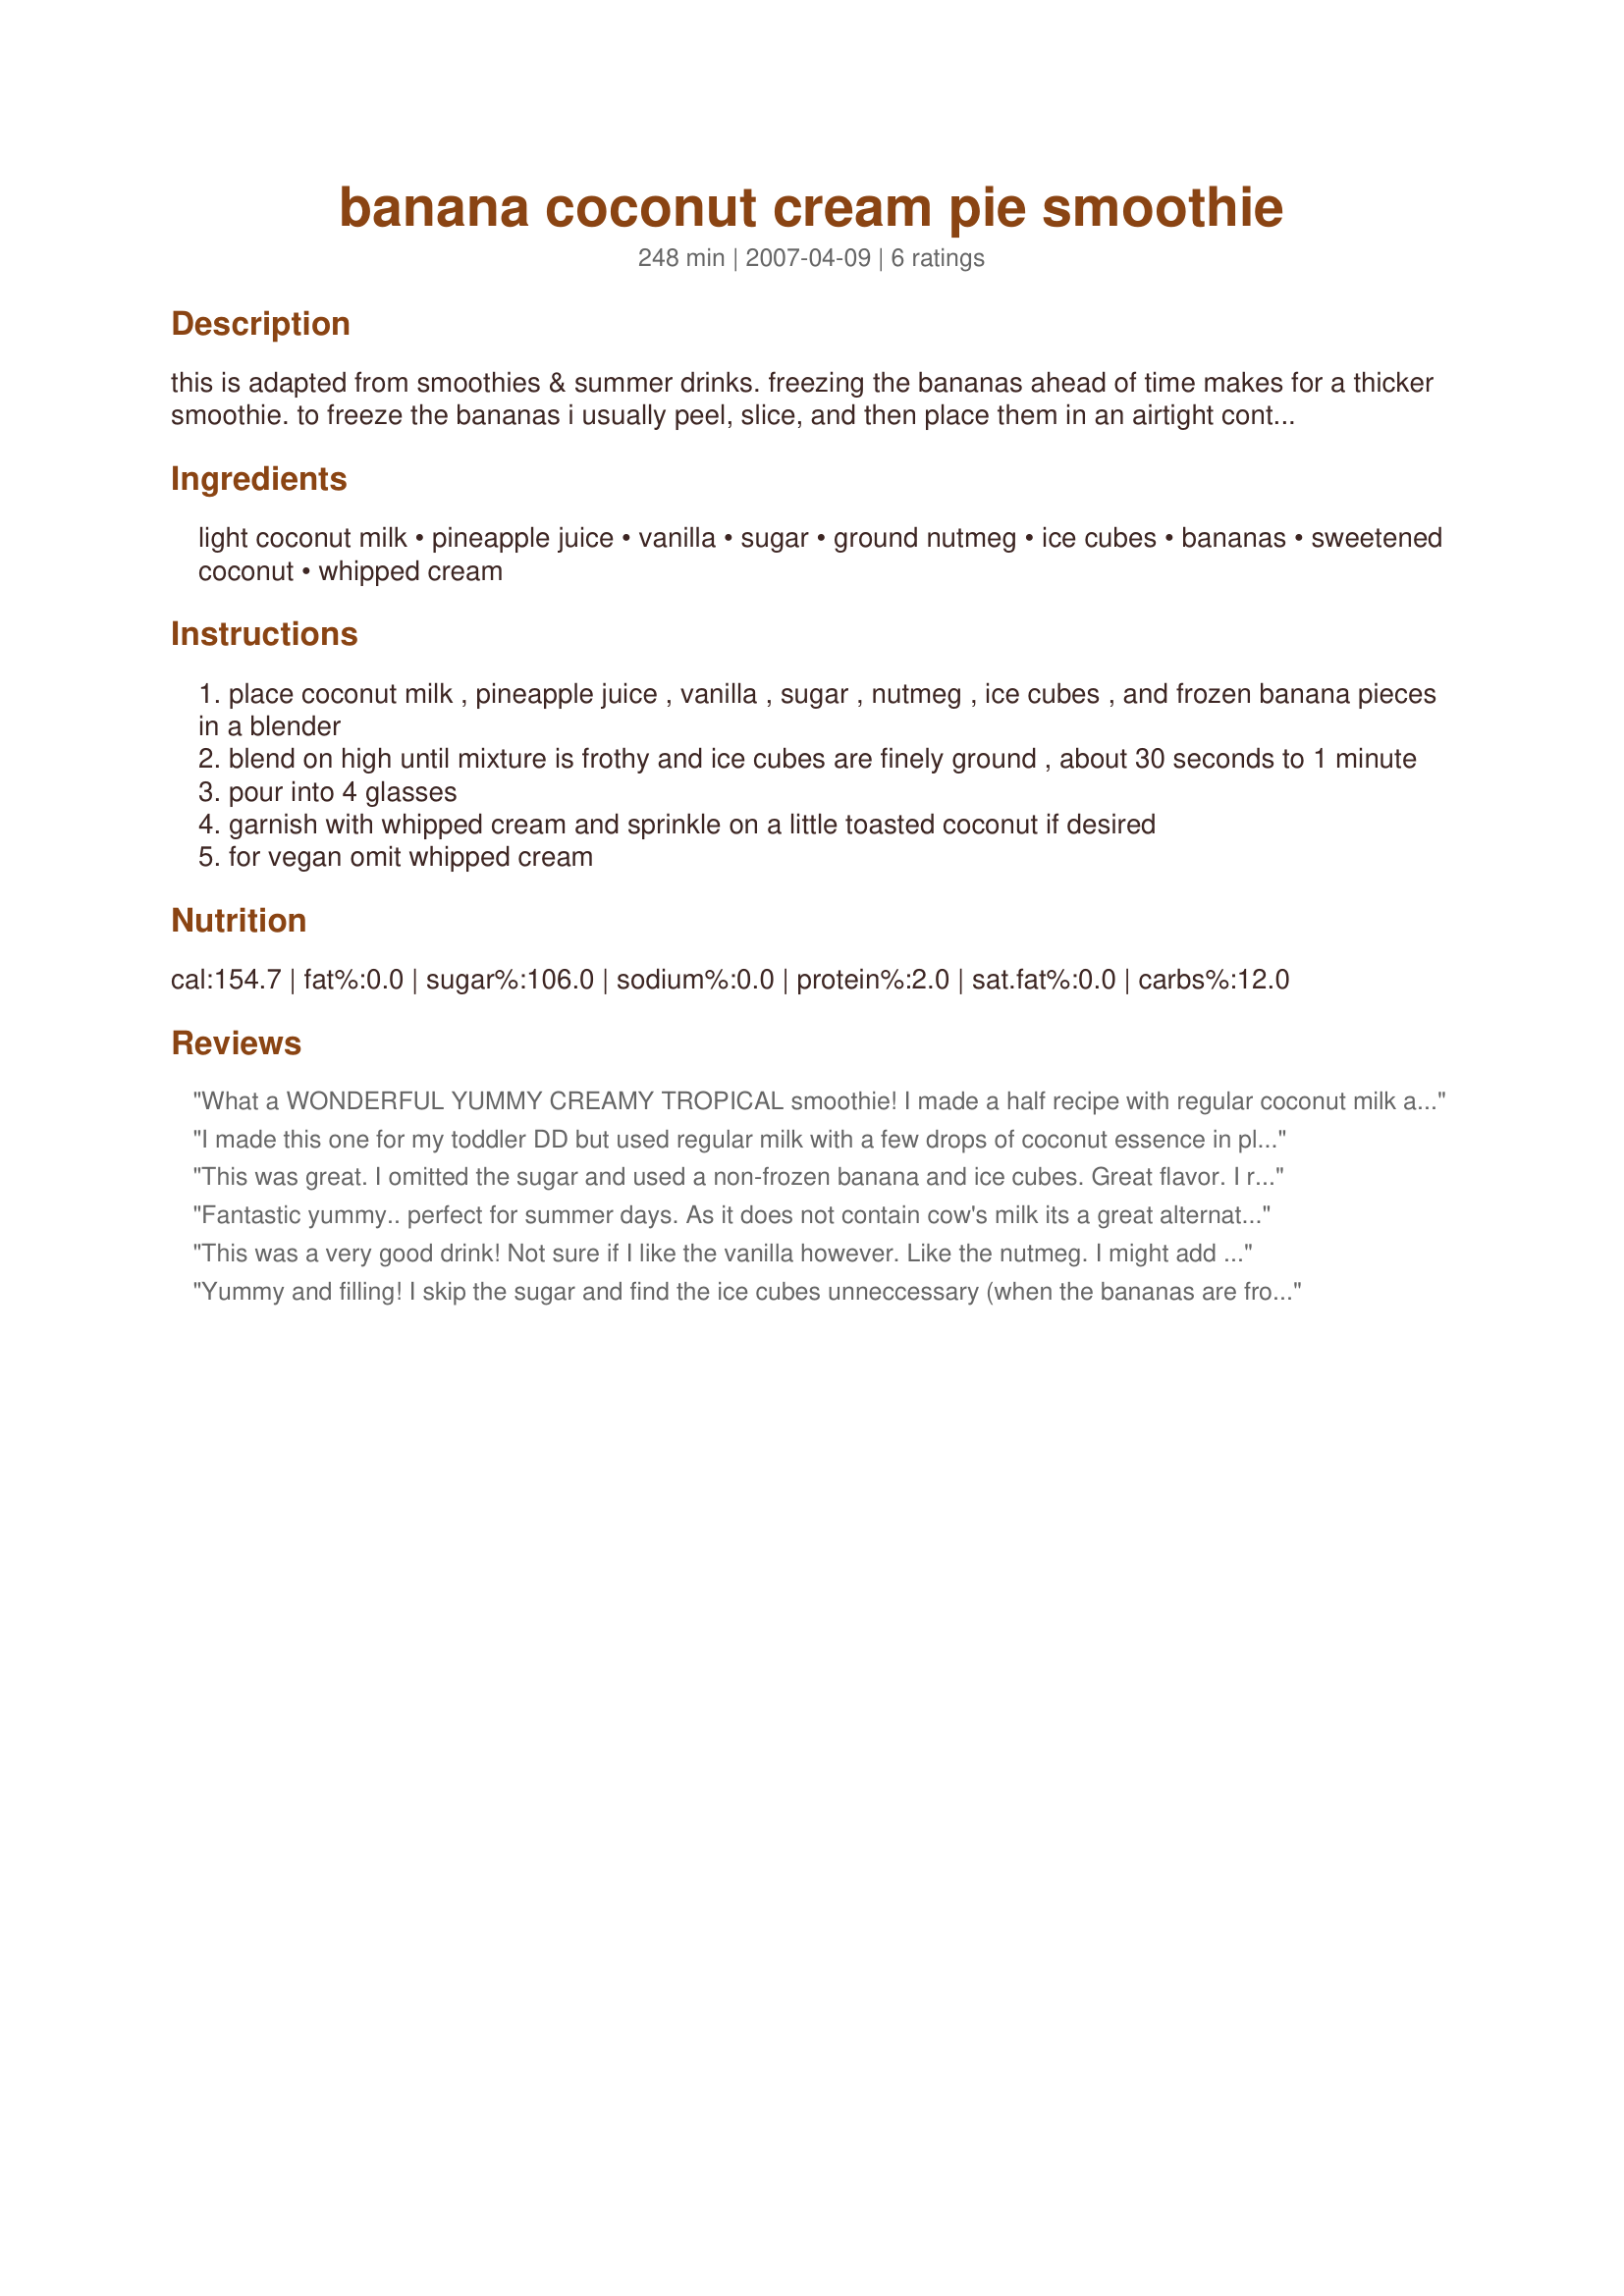
banana coconut cream pie smoothie
Preparation time: 248 minutes

this is adapted from smoothies & summer drinks. freezing the bananas ahead of time makes for a thicker smoothie. to freeze the bananas i usually peel, slice, and then place them in an airtight container and then freeze. this can be made in a blender or in a large pitcher and puree using an immersion blender.

Ingredients:
light coconut milk, pineapple juice, vanilla, sugar, ground nutmeg, ice cubes, bananas, sweetened coconut, whipped cream

Steps:
place coconut milk , pineapple juice , vanilla , sugar , nutmeg , ice cubes , and frozen banana pieces in a blender
blend on high until mixture is frothy and ice cubes are finely ground , about 30 seconds to 1 minute
pour into 4 glasses
garnish with whipped cream and sprinkle on a little toasted coconut if desired
for vegan omit whipped cream

Reviews:
What a WONDERFUL YUMMY CREAMY TROPICAL smoothie! I made a half recipe with regular coconut milk and fresh grated nutmeg. I enjoyed it topped with whipped cream and more grated nutmeg. Next time I will use more ice but that is a personal preference...this was extremely smooth as is. My husband wanted rum in his. Thanks for another ter-ruff-ic recipe cookiedog!
I made this one for my toddler DD but used regular milk with a few drops of coconut essence in place of coconut milk. I used fresh bananas rather than frozen also to make it easier for her to drink and left out the sugar. Even with my modifications this was still really tasty & DD really enjoyed it. Thanks for a keeper!
This was great. I omitted the sugar and used a non-frozen banana and ice cubes. Great flavor. I really like that the coconut was not overpowering. Great smoothie Cookie.
Fantastic yummy.. perfect for summer days.
As it does not contain cow's milk its a great alternative for all those who cannot drink milk but still love the milshake/smoothie drinks
This was a very good drink! Not sure if I like the vanilla however. Like the nutmeg. I might add some whipped cream directly into the blender next time.
Yummy and filling! I skip the sugar and find the ice cubes unneccessary (when the bananas are frozen). I also like to use canned pinapple (canned in pinapple juice). This is delicious!
